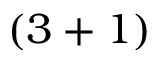
( 3 + 1 )